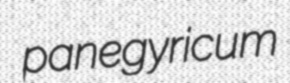
panegyricum